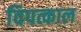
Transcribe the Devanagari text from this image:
विपत्काल